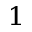
^ 1